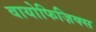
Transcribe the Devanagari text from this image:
वायोफिज़िक्स